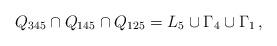
LaTeX: \begin{align*}Q_{345} \cap Q_{145} \cap Q_{125} = L_5 \cup \Gamma_4 \cup \Gamma_1\, , \end{align*}